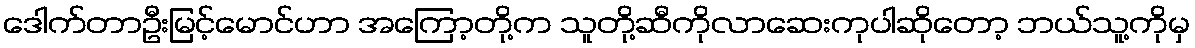
ဒေါက်တာဦးမြင့်မောင်ဟာ အကြော့တို့က သူတို့ဆီကိုလာဆေးကုပါဆိုတော့ ဘယ်သူ့ကိုမှ